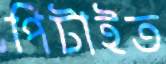
পিটাইত